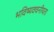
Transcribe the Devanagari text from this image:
भविष्‍यवचनीयता